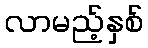
လာမည့်နှစ်